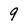
Character: 9